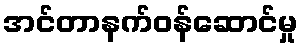
အင်တာနက်ဝန်ဆောင်မှု